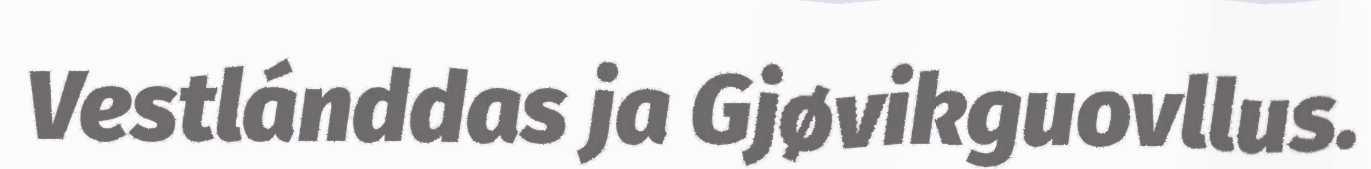
Vestlánddas ja Gjøvikguovllus.